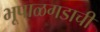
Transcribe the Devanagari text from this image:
भूपाळगडाची